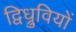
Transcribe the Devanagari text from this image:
द्विध्रुवियों